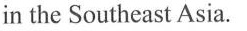
in the Southeast Asia.